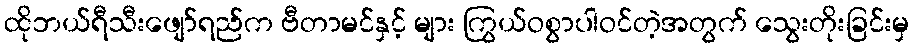
ထိုဘယ်ရီသီးဖျော်ရည်က ဗီတာမင်နှင့် များ ကြွယ်ဝစွာပါဝင်တဲ့အတွက် သွေးတိုးခြင်းမှ